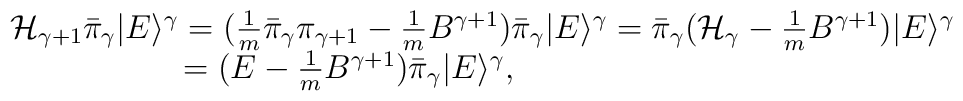
\begin{array}{l}{\mathcal{H}}_{\gamma+1}\bar{\pi}_{\gamma}|E\rangle^{\gamma}=(\frac{1}{m}\bar{\pi}_{\gamma}\pi_{\gamma+1}-\frac{1}{m}B^{\gamma+1})\bar{\pi}_{\gamma}|E\rangle^{\gamma}=\bar{\pi}_{\gamma}({\mathcal{H}}_{\gamma}-\frac{1}{m}B^{\gamma+1})|E\rangle^{\gamma}\\*\hspace{2.2cm}=(E-\frac{1}{m}B^{\gamma+1})\bar{\pi}_{\gamma}|E\rangle^{\gamma},\end{array}